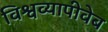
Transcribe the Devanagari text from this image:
विश्वव्यापीवेब